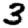
Digit: 3